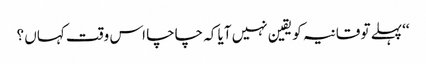
‘‘پہلے تو قانیہ کو یقین نہیں آیا کہ چاچا اس وقت کہاں ؟